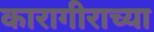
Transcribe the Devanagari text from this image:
कारागीराच्या